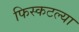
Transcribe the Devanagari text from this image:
फिस्कटल्या